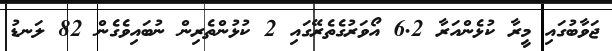
ޖަވާބުގައި މީރާ ކުޅެންއަރާ 6.2 އޯވަރުގެތެރޭގައި 2 ކުޅުންތެރިން ނުބައިވެގެން 82 ލަނޑު